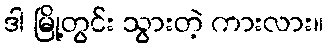
ဒါ မြို့တွင်း သွားတဲ့ ကားလား။